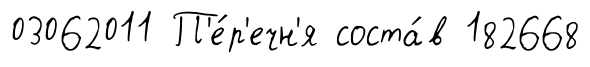
03062011 П'е́р'ечн'я соста́в 182668